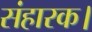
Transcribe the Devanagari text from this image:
संहारक।